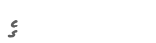
ގެ